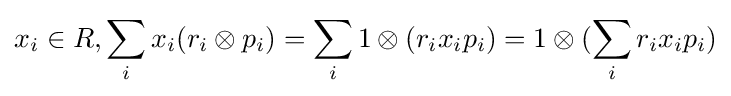
x_{i}\in R,\sum _{i}x_{i}(r_{i}\otimes p_{i})=\sum _{i}1\otimes (r_{i}x_{i}p_{i})=1\otimes (\sum _{i}r_{i}x_{i}p_{i})